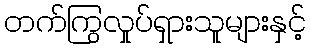
တက်ကြွလှုပ်ရှားသူများနှင့်